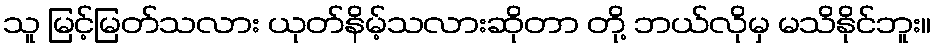
သူ မြင့်မြတ်သလား ယုတ်နိမ့်သလားဆိုတာ တို့ ဘယ်လိုမှ မသိနိုင်ဘူး။